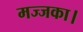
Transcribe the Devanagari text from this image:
मज्जका।